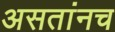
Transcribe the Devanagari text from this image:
असतांनच